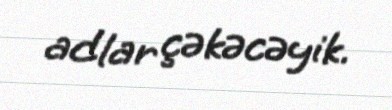
adlar çəkəcəyik.